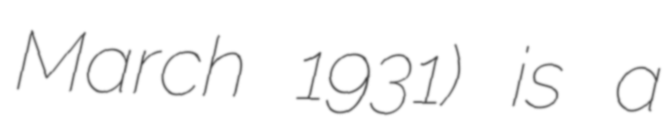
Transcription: March 1931) is a